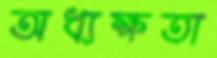
অধ্যক্ষতা